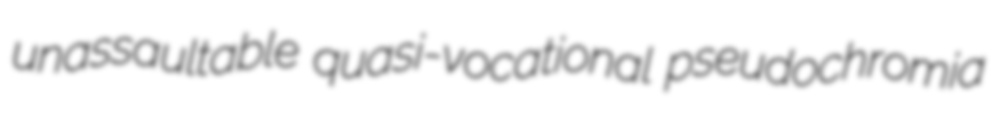
unassaultable quasi-vocational pseudochromia